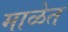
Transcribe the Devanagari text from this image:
माळेत